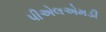
પીએલએમડી